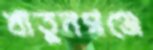
খাতুনগঞ্জে